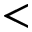
<